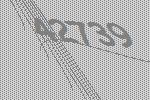
42739